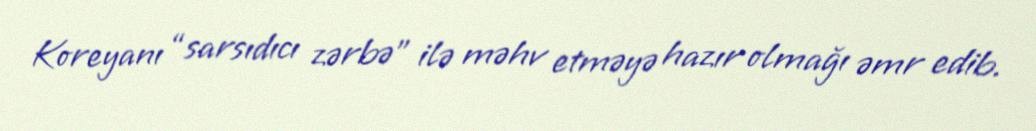
Koreyanı “sarsıdıcı zərbə” ilə məhv etməyə hazır olmağı əmr edib.